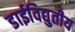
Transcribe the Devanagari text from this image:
डाईविद्युतीय